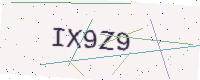
Text: IX9Z9